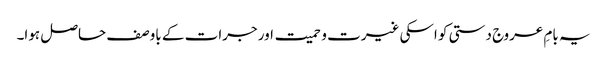
یہ بامِ عروج دستی کو اسکی غیرت و حمیت اور جرات کے باوصف حاصل ہوا۔